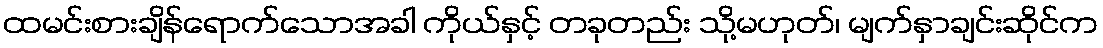
ထမင်းစားချိန်ရောက်သောအခါ ကိုယ်နှင့် တခုတည်း သို့မဟုတ်၊ မျက်နှာချင်းဆိုင်က